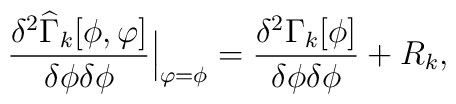
\frac{\delta^2 \widehat{\Gamma}_k[\phi,\varphi]}{\delta\phi\delta\phi}{\Big |}_{\varphi=\phi}= \frac{\delta^2 \Gamma_k[\phi]}{\delta\phi\delta\phi} + R_k,